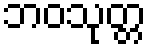
ဘဝသုတ္တ